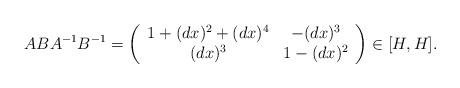
LaTeX: \begin{align*} ABA^{-1}B^{-1}=\left( \begin{array}{cc} 1 +(dx)^2+(dx)^4& -(dx)^3 \\ (dx)^3 & 1-(dx)^2 \end{array}\right) \in [H,H].\end{align*}